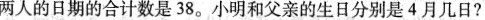
两人的日期的合计数是38。小明和父亲的生日分别是4月几日?